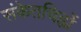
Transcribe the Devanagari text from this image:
संकेतचिह्नों